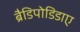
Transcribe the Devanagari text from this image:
ब्रैडिपोडिडाए